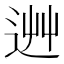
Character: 𨒽